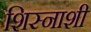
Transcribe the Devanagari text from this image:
शिस्नाशी